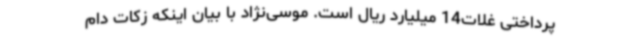
پرداختی غلات‌14 میلیارد ریال است. موسی‌نژاد با بیان اینکه زکات دام